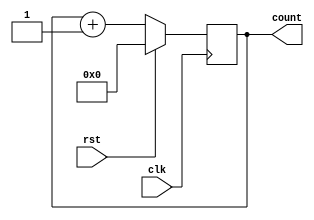
module SyncCounter (
    input wire clk,
    input wire rst,
    output reg [3:0] count
);

always @(posedge clk) begin
    if (rst) begin
        count <= 4'b0000;
    end else begin
        count <= count + 1;
    end
end

endmodule